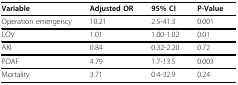
| Variable | Adjusted OR | 95% CI | P-Value |
 | --- | --- | --- | --- |
 | Operation emergency | 10.21 | 2.5-41.3 | 0.001 |
 | LOV | 1.01 | 1.00-1.02 | 0.01 |
 | AKI | 0.84 | 0.32-2.20 | 0.72 |
 | POAF | 4.79 | 1.7-13.5 | 0.003 |
 | Mortality | 3.71 | 0.4-32.9 | 0.24 |